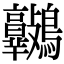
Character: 𪈷